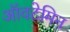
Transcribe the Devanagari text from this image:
ऑवटेमिन